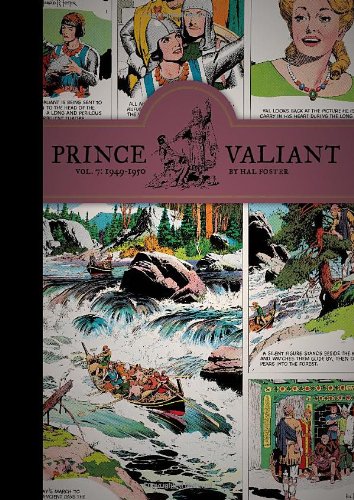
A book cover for Prince Valiant, Vol. 7: 1949-1950; Hal Foster; Comics & Graphic Novels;